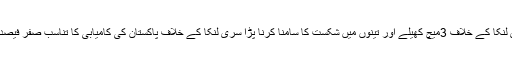
سری لنکا کے خلاف 3میچ کھیلے اور تینوں میں شکست کا سامنا کرنا پڑا سری لنکا کے خلاف پاکستان کی کامیابی کا تناسب صفر فیصد ہے۔